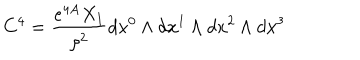
C ^ { 4 } = { \frac { e ^ { 4 A } X _ { 1 } } { \rho ^ { 2 } } } d x ^ { 0 } \wedge d x ^ { 1 } \wedge d x ^ { 2 } \wedge d x ^ { 3 }